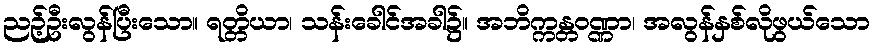
ညဉ့်ဦးလွန်ပြီးသော။ ရတ္တိယာ၊ သန်းခေါင်အခါ၌။ အဘိက္ကန္တဝဏ္ဏာ၊ အလွန်နှစ်လိုဖွယ်သော